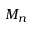
M _ { n }